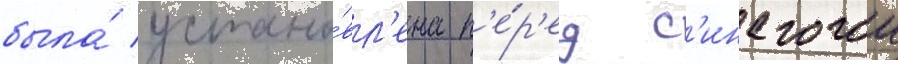
была́ устано́вл'ена п'е́р'ед с'инагогои